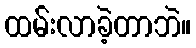
ထမ်းလာခဲ့တာဘဲ။